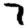
Digit: 7